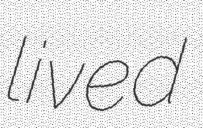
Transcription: lived